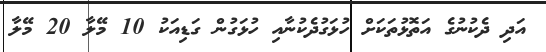
އަދި ދެކުނުގެ އަތޮޅުތަކަށް ހުޅަގުދެކުނާއި ހުޅަގުން ގަޑިއަކު 10 މޭލާ 20 މޭލާ